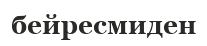
бейресмиден